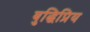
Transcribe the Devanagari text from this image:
बुद्धिप्रिय